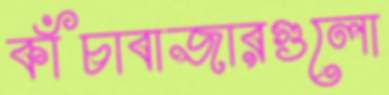
কাঁচাবাজারগুলো